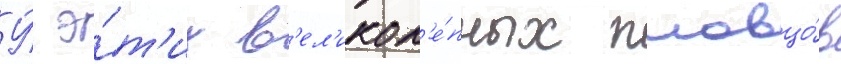
У́ э́т'их в'ел'икол'е́пных пловцо́в